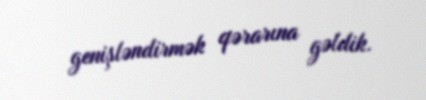
genişləndirmək qərarına gəldik.